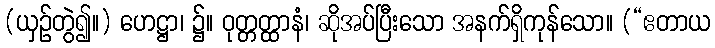
(ယှဉ်တွဲ၍။) ဟေဋ္ဌာ၊ ၌။ ဝုတ္တတ္ထာနံ၊ ဆိုအပ်ပြီးသော အနက်ရှိကုန်သော။ (“ဧတာယ